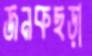
জনকছড়া